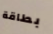
بطاقة